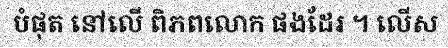
បំផុត នៅលើ ពិភពលោក ផងដែរ ។ លើស